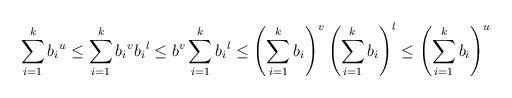
LaTeX: \begin{align*}\sum_{i=1}^k{b_i}^u\leq\sum_{i=1}^k{b_i}^v{b_i}^l\leq b^v\sum_{i=1}^k{b_i}^l\leq\left(\sum_{i=1}^kb_i\right)^v\left(\sum_{i=1}^kb_i\right)^l\leq\left(\sum_{i=1}^kb_i\right)^u\end{align*}